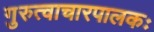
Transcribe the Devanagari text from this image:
गुरुत्वाचारपालकः